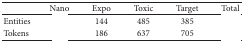
<table><thead><tr><td>[EMPTY_CELL]</td><td><b>Nano</b></td><td><b>Expo</b></td><td><b>Toxic</b></td><td><b>Target</b></td><td><b>Total</b></td></tr></thead><tbody><tr><td>Entities</td><td>[EMPTY_CELL]</td><td>144</td><td>485</td><td>385</td><td>[EMPTY_CELL]</td></tr><tr><td>Tokens</td><td>[EMPTY_CELL]</td><td>186</td><td>637</td><td>705</td><td>[EMPTY_CELL]</td></tr></tbody></table>